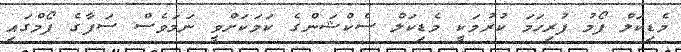
މެޑިކަލް ފޯމު ފުރިހަމަ ކުރުމަކީ މެޑިކަލް ސެކްޝަންގެ ކަމަކަށްވީ ނަމަވެސް ސަފާގެ ފޯމްގައި